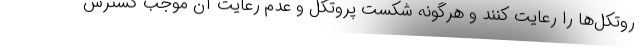
روتکل‌ها را رعایت کنند و هرگونه شکست پروتکل و عدم رعایت آن موجب گسترش